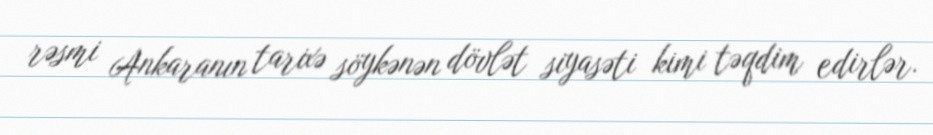
rəsmi Ankaranın tarixə söykənən dövlət siyasəti kimi təqdim edirlər.